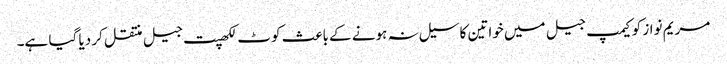
مریم نواز کو کیمپ جیل میں خواتین کا سیل نہ ہونے کے باعث کوٹ لکھپت جیل منتقل کر دیا گیا ہے۔